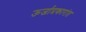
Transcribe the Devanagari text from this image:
ऊर्जाप्रकारांत